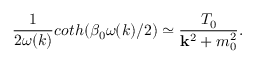
\frac { 1 } { 2 \omega ( k ) } c o t h ( \beta _ { 0 } \omega ( k ) / 2 ) \simeq \frac { T _ { 0 } } { { \bf k } ^ { 2 } + m _ { 0 } ^ { 2 } } .